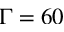
\Gamma = 6 0